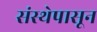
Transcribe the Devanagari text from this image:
संस्थेपासून